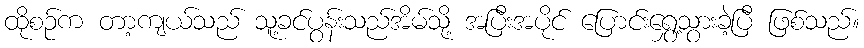
ထိုစဉ်က တာ့ကျယ်သည် သူ့ခင်ပွန်းသည်အိမ်သို့ အပြီးအပိုင် ပြောင်းရွှေ့သွားခဲ့ပြီ ဖြစ်သည်။